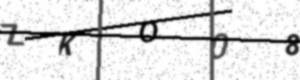
Text: ZKO08